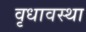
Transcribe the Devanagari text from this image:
वृधावस्था